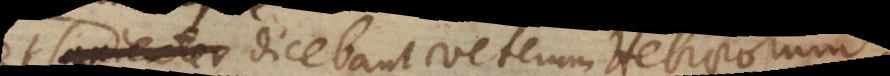
inepte dicebant veterum Hebraeorum